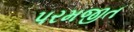
પરમજીત